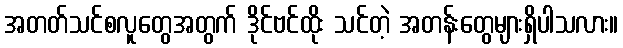
အတတ်သင်စလူတွေအတွက် ဒိုင်ဗင်ထိုး သင်တဲ့ အတန်းတွေများရှိပါသလား။